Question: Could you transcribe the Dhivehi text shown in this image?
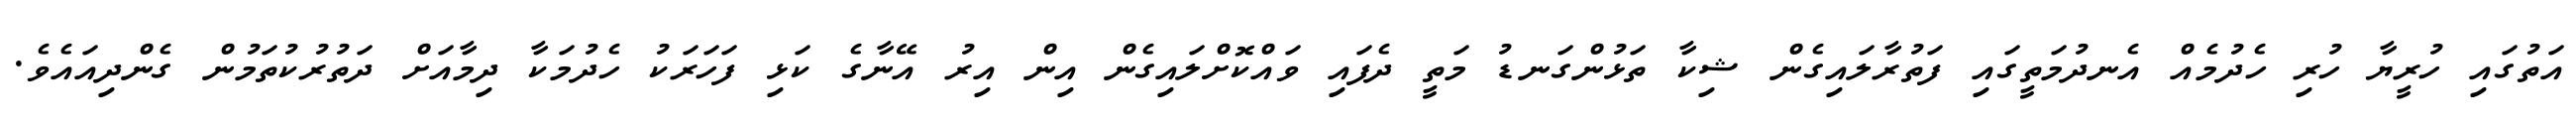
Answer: އަތުގައި ހުރީޔާ ހުރި ހެދުމެއް އެނދުމަތީގައި ފަތުރާލައިގެން ޝިކާ ތަޅުންގަނޑު މަތީ ދެފައި ވައްކޮށްލައިގެން އިން އިރު އޭނާގެ ކަޅި ފަހަރަކު ހެދުމަކާ ދިމާއަށް ދަތުރުކުތަމުން ގެންދިއައެވެ.